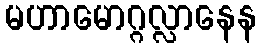
မဟာမောဂ္ဂလ္လာနေန